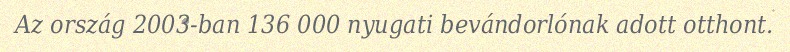
Az ország 2003-ban 136 000 nyugati bevándorlónak adott otthont.